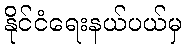
နိုင်ငံရေးနယ်ပယ်မှ